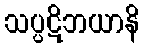
သပ္ပဋိဘယာနိ